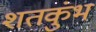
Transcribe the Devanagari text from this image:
शतकुंभ